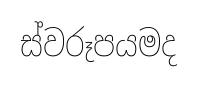
ස්වරූපයමද